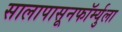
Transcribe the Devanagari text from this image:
सालापासूनफॉर्म्युला